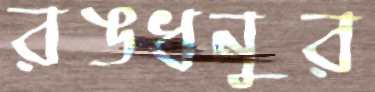
রঙধনুর